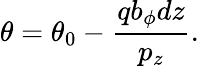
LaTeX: \theta=\theta_{0}-\frac{qb_{\phi}dz}{p_{z}}.